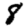
Digit: 8